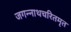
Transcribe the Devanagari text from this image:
जगन्नाथचरितमृत